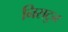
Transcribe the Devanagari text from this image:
निसटुन